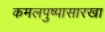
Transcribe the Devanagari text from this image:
कमलपुष्पासारखा